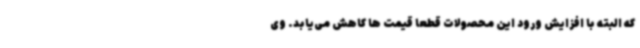
که البته با افزایش ورود این محصولات قطعاً قیمت ها کاهش می‌یابد. وی